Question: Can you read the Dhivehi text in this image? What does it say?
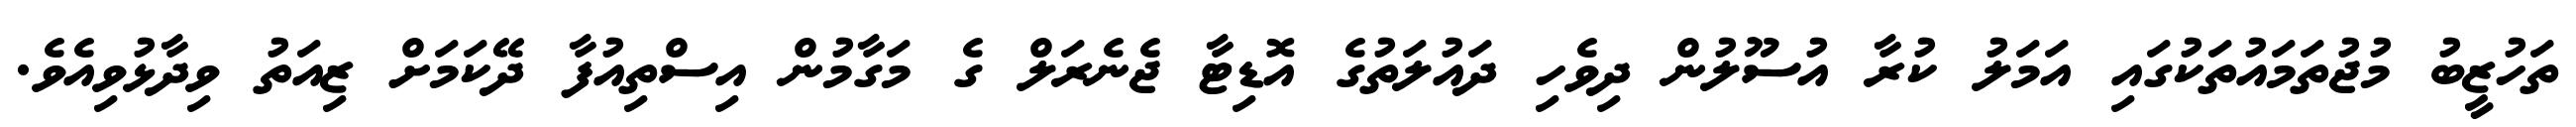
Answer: ތަހުޒީބު މުޖުތަމައުތަކުގައި އަމަލު ކުރާ އުސޫލުން ދިވެހި ދައުލަތުގެ އޮޑިޓާ ޖެނެރަލް ގެ މަގާމުން އިސްތިއުފާ ދޭކަމަށް ޒިއަތު ވިދާޅުވިއެވެ.